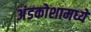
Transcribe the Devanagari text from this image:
अंडकोशामध्ये